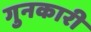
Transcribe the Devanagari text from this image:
गुनकारी